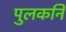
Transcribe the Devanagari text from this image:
पुलकनि